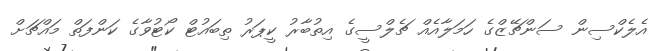
އެލެކްސިން ސަންޗޭޒްގެ ހަމަލާއެއް ޗެލްސީގެ އިތުބާރު ކީޕަރު ތިބައުޓް ކޯޓުވާގެ ކަންފަތް މައްޗަށް